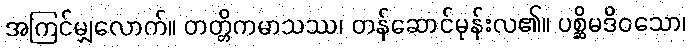
အကြင်မျှလောက်။ တတ္တိကမာသဿ၊ တန်ဆောင်မုန်းလ၏။ ပစ္ဆိမဒိဝသော၊